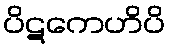
ပိဋကေဟိပိ